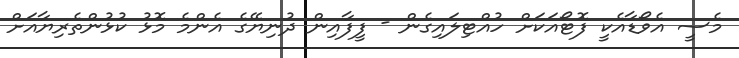
މެސީ އެވޯޑާއެކީ ފޮޓޯއަކަށް ހުއްޓިލައިގެން - ފީފާއިން ދުނިޔޭގެ އެންމެ މޮޅު ކުޅުންތެރިޔާއަށް